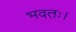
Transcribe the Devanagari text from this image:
भवतः।